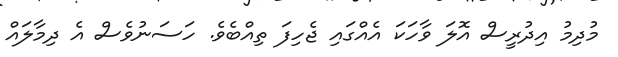
މުދިމު އިދުރީސް އޮލަ ވާހަކަ އެއްގައި ޖެހިފަ ތިއްބެވެ. ހަސަނުވެސް އެ ދިމާލައް